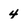
Character: 4